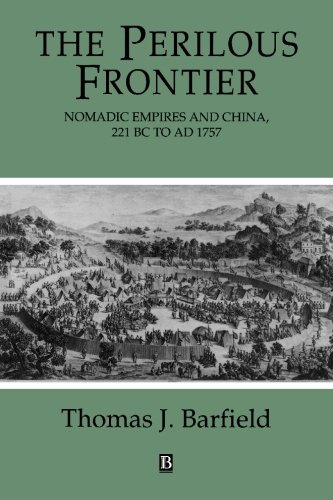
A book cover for The Perilous Frontier: Nomadic Empires and China 221 B.C. to AD 1757 (Studies in Social Discontinuity); Thomas Barfield; History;